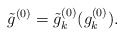
\begin{align*}\tilde g^{(0)}=\tilde g^{(0)}_k(g^{(0)}_k).\end{align*}